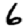
Digit: 6